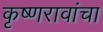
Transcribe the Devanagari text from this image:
कृष्णरावांचा